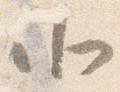
北